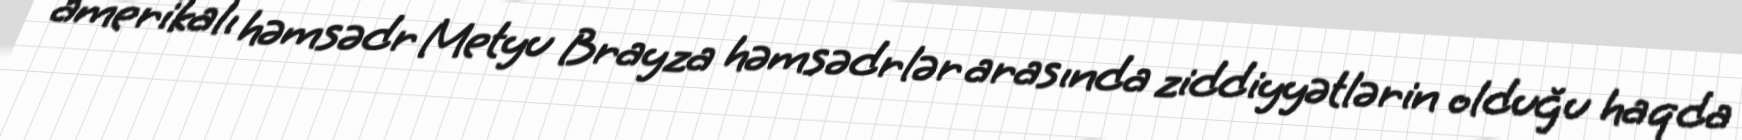
amerikalı həmsədr Metyu Brayza həmsədrlər arasında ziddiyyətlərin olduğu haqda